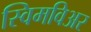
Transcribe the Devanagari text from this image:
स्विमविअर